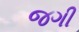
જગી